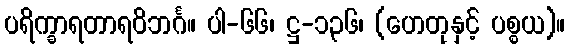
ပရိက္ခာရတာရဝိဘင်္ဂ။ ပါ-၆၆၊ ဋ္ဌ-၁၃၆၊ (ဟေတုနှင့် ပစ္စယ)။